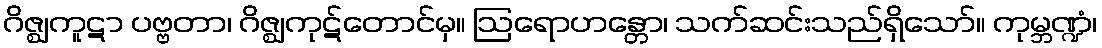
ဂိဇ္ဈကူဋာ ပဗ္ဗတာ၊ ဂိဇ္ဈကုဋ်တောင်မှ။ ဩရောဟန္တော၊ သက်ဆင်းသည်ရှိသော်။ ကုမ္ဘဏ္ဍံ၊